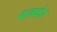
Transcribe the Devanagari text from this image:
बालफोर